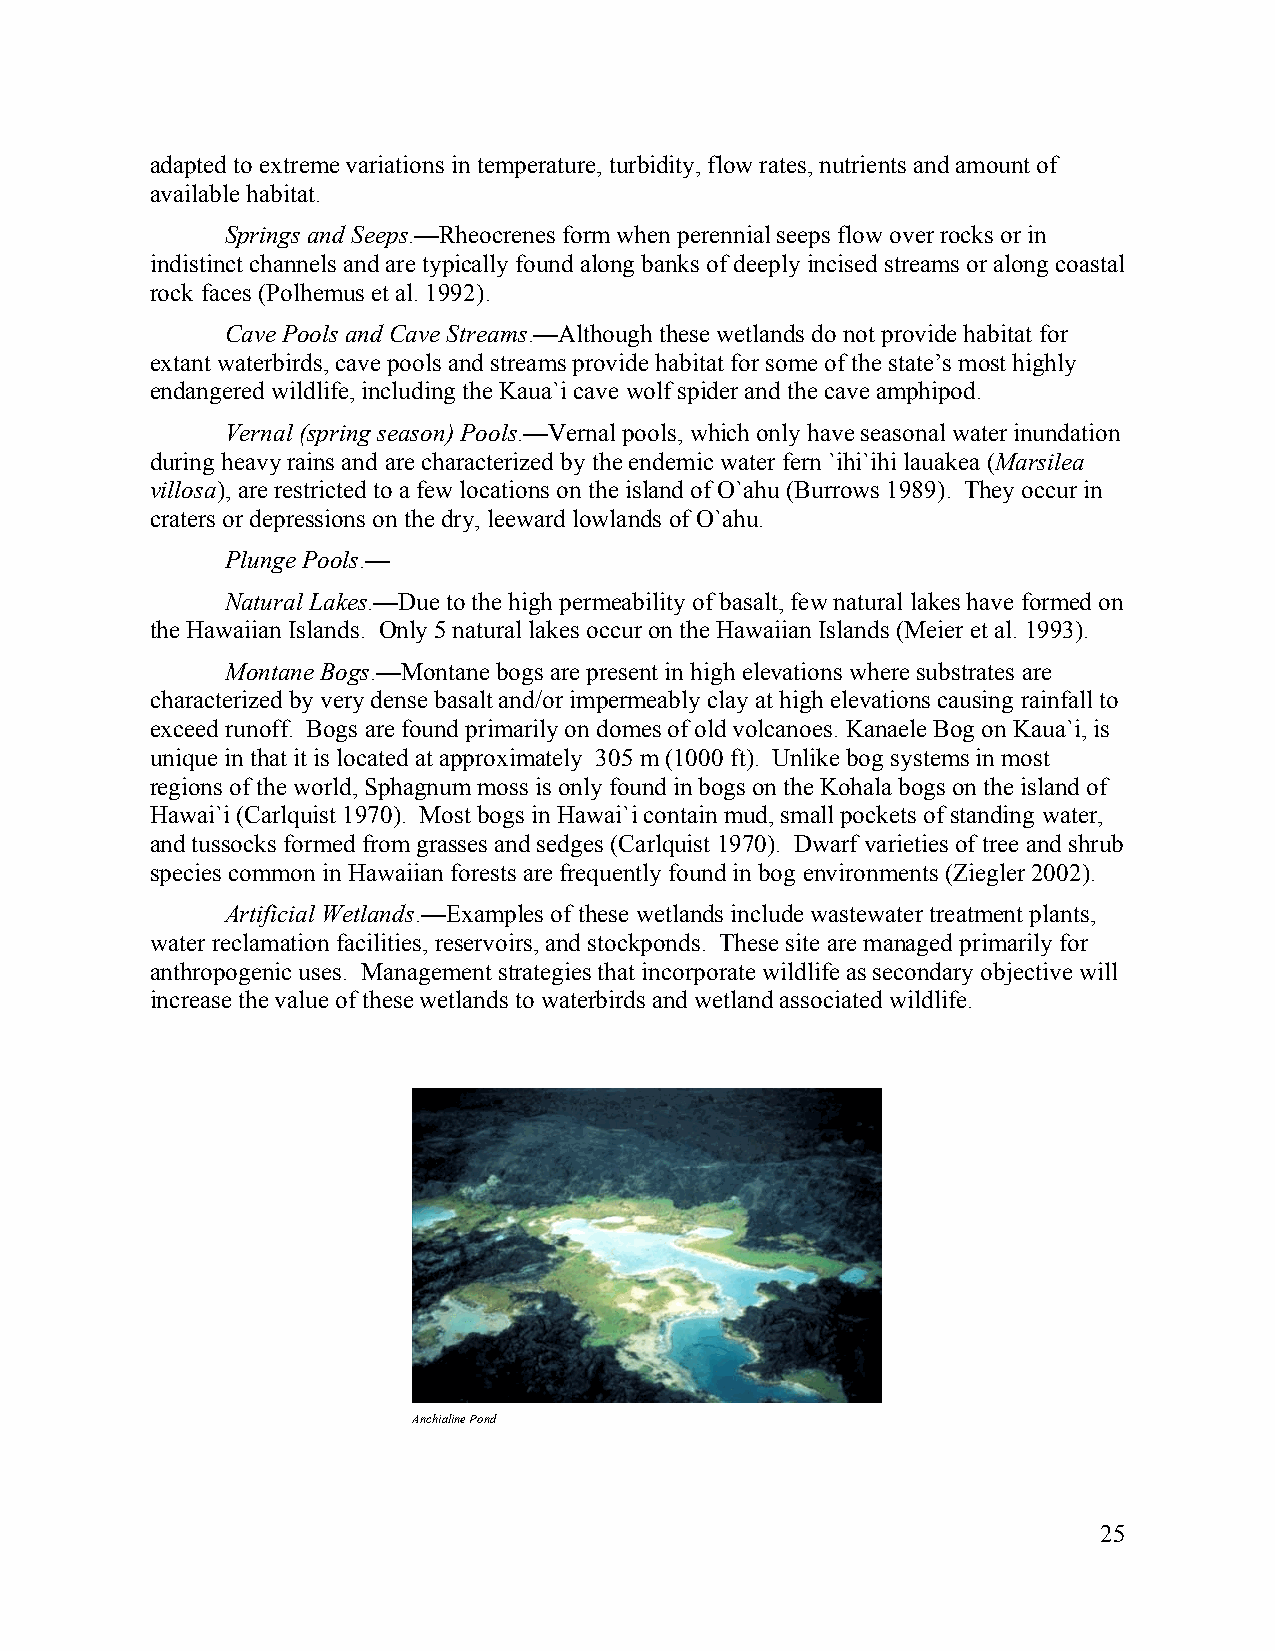
adapted to extreme variations in temperature, turbidity, flow rates, nutrients and amount of
 available habitat.
 Springs and Seeps.—Rheocrenes form when perennial seeps flow over rocks or in
 indistinct channels and are typically found along banks of deeply incised streams or along coastal
 rock faces (Polhemus et al. 1992).
 Cave Pools and Cave Streams.—Although these wetlands do not provide habitat for
 extant waterbirds, cave pools and streams provide habitat for some of the state’s most highly
 endangered wildlife, including the Kaua`i cave wolf spider and the cave amphipod.
 Vernal (spring season) Pools.—Vernal pools, which only have seasonal water inundation
 during heavy rains and are characterized by the endemic water fern `ihi`ihi lauakea (Marsilea
 villosa), are restricted to a few locations on the island of O`ahu (Burrows 1989). They occur in
 craters or depressions on the dry, leeward lowlands of O`ahu.
 Plunge Pools.—
 Natural Lakes.—Due to the high permeability of basalt, few natural lakes have formed on
 the Hawaiian Islands. Only 5 natural lakes occur on the Hawaiian Islands (Meier et al. 1993).
 Montane Bogs.—Montane bogs are present in high elevations where substrates are
 characterized by very dense basalt and/or impermeably clay at high elevations causing rainfall to
 exceed runoff. Bogs are found primarily on domes of old volcanoes. Kanaele Bog on Kaua`i, is
 unique in that it is located at approximately 305 m (1000 ft). Unlike bog systems in most
 regions of the world, Sphagnum moss is only found in bogs on the Kohala bogs on the island of
 Hawai`i (Carlquist 1970). Most bogs in Hawai`i contain mud, small pockets of standing water,
 and tussocks formed from grasses and sedges (Carlquist 1970). Dwarf varieties of tree and shrub
 species common in Hawaiian forests are frequently found in bog environments (Ziegler 2002).
 Artificial Wetlands.—Examples of these wetlands include wastewater treatment plants,
 water reclamation facilities, reservoirs, and stockponds. These site are managed primarily for
 anthropogenic uses. Management strategies that incorporate wildlife as secondary objective will
 increase the value of these wetlands to waterbirds and wetland associated wildlife.
 Anchialine Pond
 25